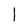
Character: I